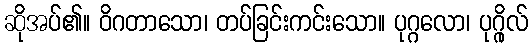
ဆိုအပ်၏။ ဝိဂတာသော၊ တပ်ခြင်းကင်းသော။ ပုဂ္ဂလော၊ ပုဂ္ဂိုလ်